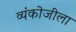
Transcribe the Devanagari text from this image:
व्यंकोजीला